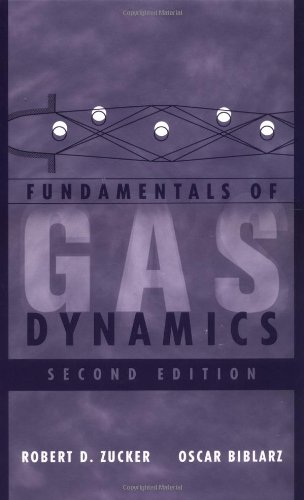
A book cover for Fundamentals of Gas Dynamics; Robert D. Zucker; Science & Math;